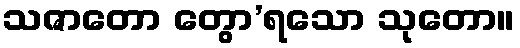
သဇာတော တွော’ရသော သုတော။